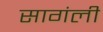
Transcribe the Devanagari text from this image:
सागंली